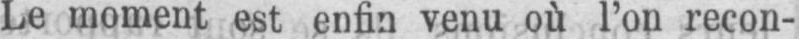
Le moment est enfin venu où l’on recon-